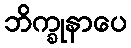
ဘိက္ခုနာပေ